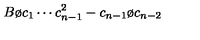
{ { B } \o { c _ { 1 } \cdots c _ { n - 1 } ^ { 2 } } } - { { c _ { n - 1 } } \o { c _ { n - 2 } } }